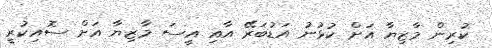
ކުރިން މާޒިޔާ އަށް ކުޅުނު އަޑުބަރޭ އާއި އީސަ މާޒިޔާ އަށް ސޮއިކުރީ